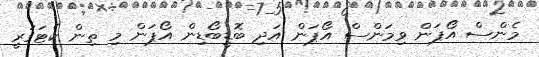
މެންސް އޯޕަން ވިމަންސް އޯޕަން އަދި ބޮޑީބޯޑިން އޯޕަން މި ތިން ކެޓަގަރީ